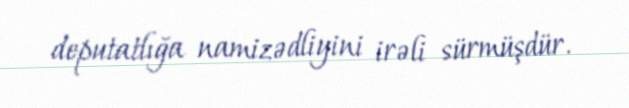
deputatlığa namizədliyini irəli sürmüşdür.